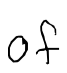
Text: of
Cross-out: clean
Writing tool: digital_black